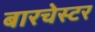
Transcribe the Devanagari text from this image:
बारचेस्टर